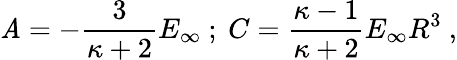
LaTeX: \mathit{A}=-{\frac{{3}}{{\kappa+2}}}E_{\infty}\ ;\ C={\frac{{\kappa-1}}{{\kappa+2}}}E_{\infty}R^{3}\ ,